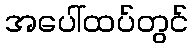
အပေါ်ထပ်တွင်